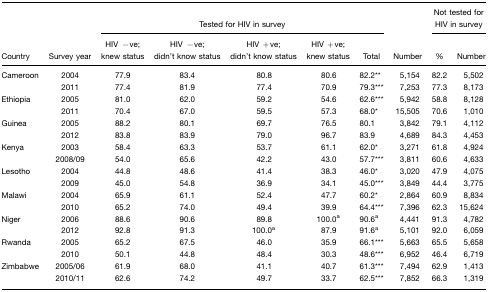
<table><thead><tr><td></td><td></td><td colspan="5"><b>Tested for HIV in survey</b></td><td></td><td colspan="2"><b>Not tested for HIV in survey</b></td></tr><tr><td><b>Country</b></td><td><b>Survey year</b></td><td><b>HIV −ve; knew status</b></td><td><b>HIV −ve; didn&#x27;t know status</b></td><td><b>HIV +ve; didn&#x27;t know status</b></td><td><b>HIV +ve; knew status</b></td><td><b>Total</b></td><td><b>Number</b></td><td><b>%</b></td><td><b>Number</b></td></tr></thead><tbody><tr><td>Cameroon</td><td>2004</td><td>77.9</td><td>83.4</td><td>80.8</td><td>80.6</td><td>82.2**</td><td>5,154</td><td>82.2</td><td>5,502</td></tr><tr><td></td><td>2011</td><td>77.4</td><td>81.9</td><td>77.4</td><td>70.9</td><td>79.3***</td><td>7,253</td><td>77.3</td><td>8,173</td></tr><tr><td>Ethiopia</td><td>2005</td><td>81.0</td><td>62.0</td><td>59.2</td><td>54.6</td><td>62.6***</td><td>5,942</td><td>58.8</td><td>8,128</td></tr><tr><td></td><td>2011</td><td>70.4</td><td>67.0</td><td>59.5</td><td>57.3</td><td>68.0*</td><td>15,505</td><td>70.6</td><td>1,010</td></tr><tr><td>Guinea</td><td>2005</td><td>88.2</td><td>80.1</td><td>69.7</td><td>76.5</td><td>80.1</td><td>3,842</td><td>79.1</td><td>4,112</td></tr><tr><td></td><td>2012</td><td>83.8</td><td>83.9</td><td>79.0</td><td>96.7</td><td>83.9</td><td>4,689</td><td>84.3</td><td>4,453</td></tr><tr><td>Kenya</td><td>2003</td><td>58.4</td><td>63.3</td><td>53.7</td><td>61.1</td><td>62.0*</td><td>3,271</td><td>61.8</td><td>4,924</td></tr><tr><td></td><td>2008/09</td><td>54.0</td><td>65.6</td><td>42.2</td><td>43.0</td><td>57.7***</td><td>3,811</td><td>60.6</td><td>4,633</td></tr><tr><td>Lesotho</td><td>2004</td><td>44.8</td><td>48.6</td><td>41.4</td><td>38.3</td><td>46.0*</td><td>3,020</td><td>47.9</td><td>4,075</td></tr><tr><td></td><td>2009</td><td>45.0</td><td>54.8</td><td>36.9</td><td>34.1</td><td>45.0***</td><td>3,849</td><td>44.4</td><td>3,775</td></tr><tr><td>Malawi</td><td>2004</td><td>65.9</td><td>61.1</td><td>52.4</td><td>47.7</td><td>60.2*</td><td>2,864</td><td>60.9</td><td>8,834</td></tr><tr><td></td><td>2010</td><td>65.2</td><td>74.0</td><td>49.4</td><td>39.9</td><td>64.4***</td><td>7,396</td><td>62.3</td><td>15,624</td></tr><tr><td>Niger</td><td>2006</td><td>88.6</td><td>90.6</td><td>89.8</td><td>100.0a</td><td>90.6a</td><td>4,441</td><td>91.3</td><td>4,782</td></tr><tr><td></td><td>2012</td><td>92.8</td><td>91.3</td><td>100.0a</td><td>87.9</td><td>91.6a</td><td>5,101</td><td>92.0</td><td>6,059</td></tr><tr><td>Rwanda</td><td>2005</td><td>65.2</td><td>67.5</td><td>46.0</td><td>35.9</td><td>66.1***</td><td>5,663</td><td>65.5</td><td>5,658</td></tr><tr><td></td><td>2010</td><td>50.1</td><td>44.8</td><td>48.4</td><td>30.3</td><td>48.6***</td><td>6,952</td><td>46.4</td><td>6,719</td></tr><tr><td>Zimbabwe</td><td>2005/06</td><td>61.9</td><td>68.0</td><td>41.1</td><td>40.7</td><td>61.3***</td><td>7,494</td><td>62.9</td><td>1,413</td></tr><tr><td></td><td>2010/11</td><td>62.6</td><td>74.2</td><td>49.7</td><td>33.7</td><td>62.5***</td><td>7,852</td><td>66.3</td><td>1,319</td></tr></tbody></table>